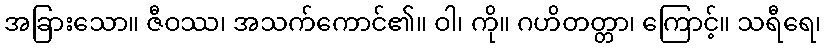
အခြားသော။ ဇီဝဿ၊ အသက်ကောင်၏။ ဝါ၊ ကို။ ဂဟိတတ္တာ၊ ကြောင့်။ သရီရေ၊